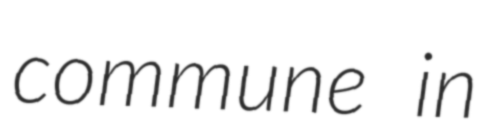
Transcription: commune in